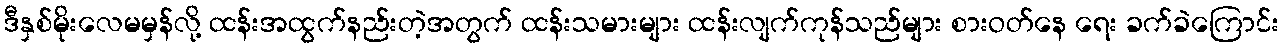
ဒီနှစ်မိုးလေမမှန်လို့ ထန်းအထွက်နည်းတဲ့အတွက် ထန်းသမားများ ထန်းလျက်ကုန်သည်များ စားဝတ်နေ ရေး ခက်ခဲကြောင်း